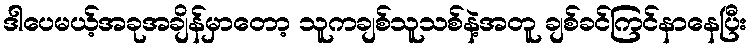
ဒါပေမယ့်အခုအချိန်မှာတော့ သူကချစ်သူသစ်နဲ့အတူ ချစ်ခင်ကြင်နာနေပြီး